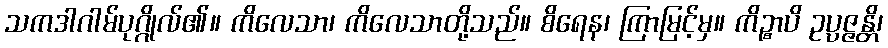
သကဒါဂါမ်ပုဂ္ဂိုလ်၏။ ကိလေသာ၊ ကိလေသာတို့သည်။ စိရေန၊ ကြာမြင့်မှ။ ကိဉ္စာပိ ဥပ္ပဇ္ဇန္တိ၊